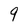
Character: 9